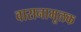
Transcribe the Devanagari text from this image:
वासनामूलक